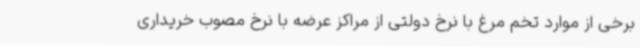
برخی از موارد تخم مرغ با نرخ دولتی از مراکز عرضه با نرخ مصوب خریداری